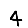
Digit: 4